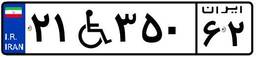
۲۱W۳۵۰۶۲